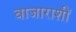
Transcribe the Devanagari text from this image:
बाजाराशीं